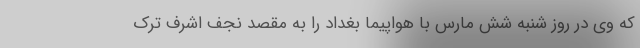
که وی در روز شنبه شش مارس با هواپیما بغداد را به مقصد نجف اشرف ترک